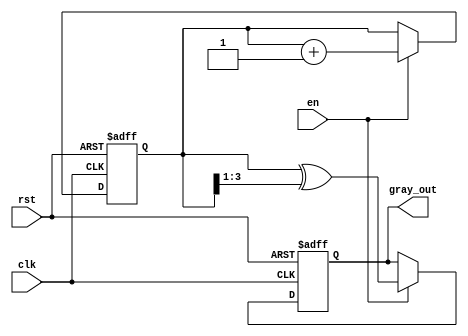
module gray_code_counter (
    input wire clk,         // Clock signal
    input wire rst,         // Asynchronous reset signal
    input wire en,          // Enable signal
    output reg [3:0] gray_out // Gray code output (4-bit)
);

    reg [3:0] binary_reg;   // Binary counter register

    // Always block for counter operation
    always @(posedge clk or posedge rst) begin
        if (rst) begin
            // Asynchronous reset
            binary_reg <= 4'b0000; // Reset binary counter to 0
            gray_out <= 4'b0000;   // Reset Gray code output to 0
        end
        else if (en) begin
            // Increment the binary counter
            binary_reg <= binary_reg + 1;
            
            // Convert binary to Gray code
            gray_out <= binary_reg ^ (binary_reg >> 1);
        end
    end

endmodule